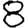
Digit: 8